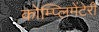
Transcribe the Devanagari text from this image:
कोम्प्लिमेंटेरी